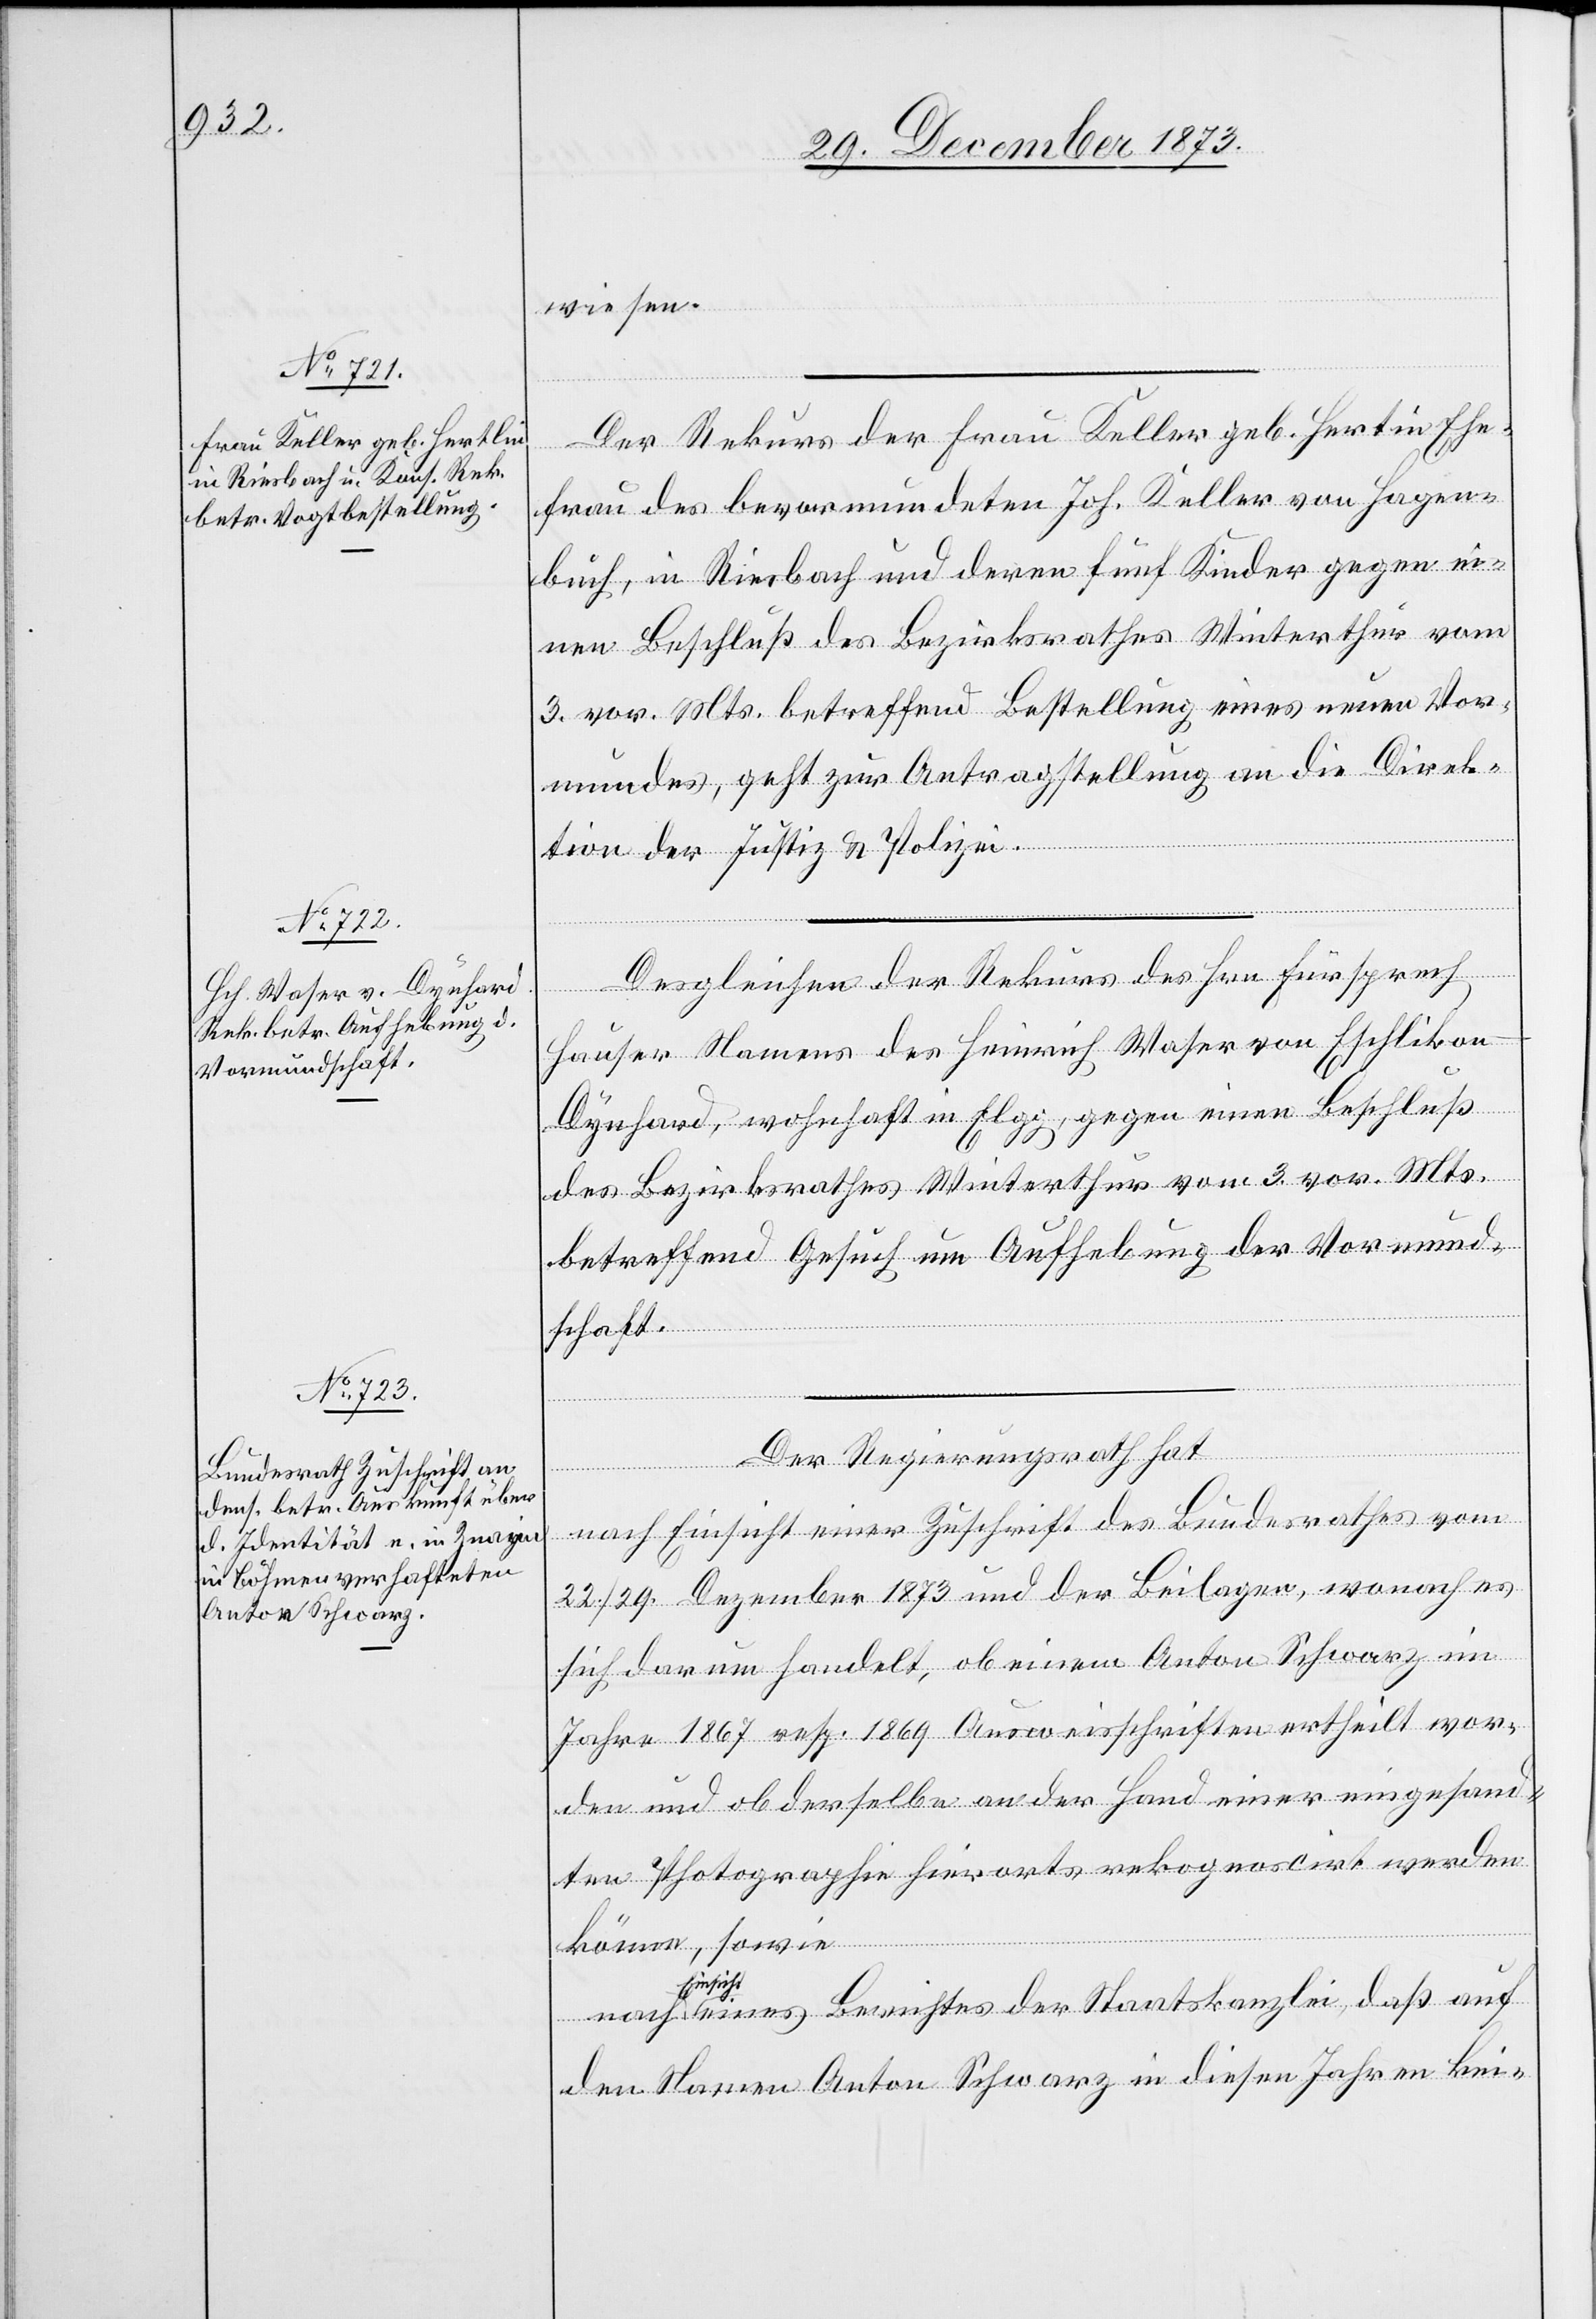
5. Januar 1874.]
wiesen.
Der Rekurs der Frau Keller geb. Hertin [sic!]
frau des bevormundeten Joh. Keller von Hagen¬
buch, in Riesbach und deren fünf Kinder gegen ei¬
nen Beschluß des Bezirksrathes Winterthur vom
3. vor. Mts. betreffend Bestellung eines neuen Vor¬
mundes, geht zur Antragstellung an die Direk¬
tion der Justiz & Polizei.
Desgleichen der Rekurs des Hrn. Fürsprech
der
Hauser Namens des Heinrich Waser von Eschlikon
Dynhard, wohnhaft in Elgg, gegen einen Beschluß
des Bezirksrathes Winterthur vom 3. vor. Mts.
betreffend Gesuch um Aufhebung der Vormund¬
schaft.
Der Regierungsrath hat
nach Einsicht einer Zuschrift des Bundesrathes vom
22./29. Dezember 1873 und der Beilagen, wonach es
sich darum handelt, ob einem Anton Schwarz im
Jahr 1867 resp. 1869 Ausweisschriften ertheilt wor¬
den und ob derselbe an der Hand einer eingesand¬
ten Photographie hierorts rekognoscirt werden
könne, sowie
Berichtes
den Namen Anton Schwarz in diesen Jahren kei-

daß

auf